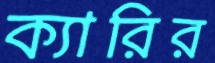
ক্যারির